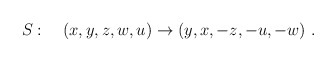
\begin{align*}S:\quad (x,y,z,w,u)\to(y,x,-z,-u,-w)~.\end{align*}